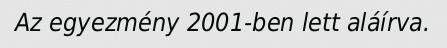
Az egyezmény 2001-ben lett aláírva.